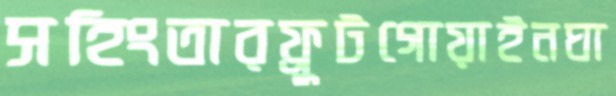
সহিংতারফ্রুটগোয়াইনঘা